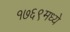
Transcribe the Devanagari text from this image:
१७६९मध्ये